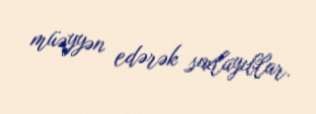
müəyyən edərək saxlayıblar.